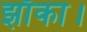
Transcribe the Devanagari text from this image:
झाँका।